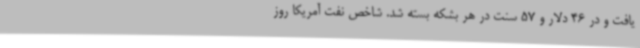
یافت و در 46 دلار و 57 سنت در هر بشکه بسته شد. شاخص نفت آمریکا روز